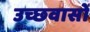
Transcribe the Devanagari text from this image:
उच्छवासों